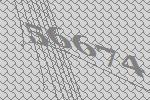
56674